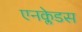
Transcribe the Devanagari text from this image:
एनक्लेडस